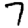
Digit: 7